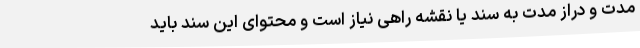
مدت و دراز مدت به سند یا نقشه راهی نیاز است و محتوای این سند باید